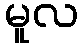
မူလ